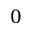
0